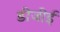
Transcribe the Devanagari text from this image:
डीजीई